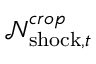
\mathcal { N } _ { { \mathrm { s h o c k } } , t } ^ { c r o p }